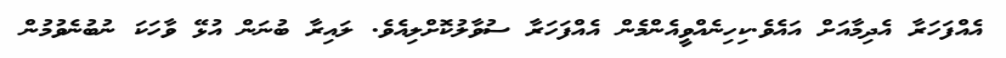
އެއްފަހަރާ އެދިމާއަށް އައެވެ.ކިހިނެއްވީއެންމެން އެއްފަހަރާ ސުވާލުކޮށްލިއެވެ. ލައިރާ ބުނަން އުޅޭ ވާހަކަ ނުބުނެވުމުން